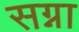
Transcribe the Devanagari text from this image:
सग्ना